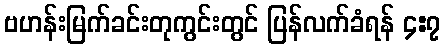
ဗဟန်းမြက်ခင်းတုကွင်းတွင် ပြန်လက်ခံရန် ၄:၇